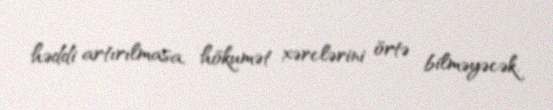
həddi artırılmasa, hökumət xərclərini örtə bilməyəcək.